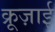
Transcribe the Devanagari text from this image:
क्रूज़ाई